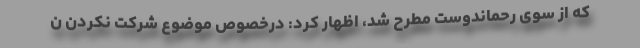
که از سوی رحماندوست مطرح شد، اظهار کرد: درخصوص موضوع شرکت نکردن ن